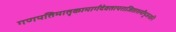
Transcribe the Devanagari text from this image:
गणपतिमातृकामार्गदेवतापराजिताशमीपूजनानि